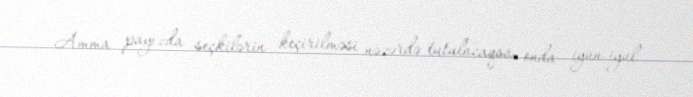
Amma payızda seçkilərin keçirilməsi nəzərdə tutulacaqsa, onda iyun-iyul